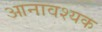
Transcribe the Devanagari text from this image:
आनावश्यक